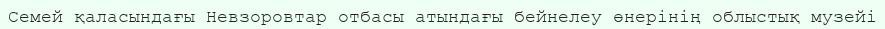
Семей қаласындағы Невзоровтар отбасы атындағы бейнелеу өнерінің облыстық музейі